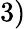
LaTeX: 3)